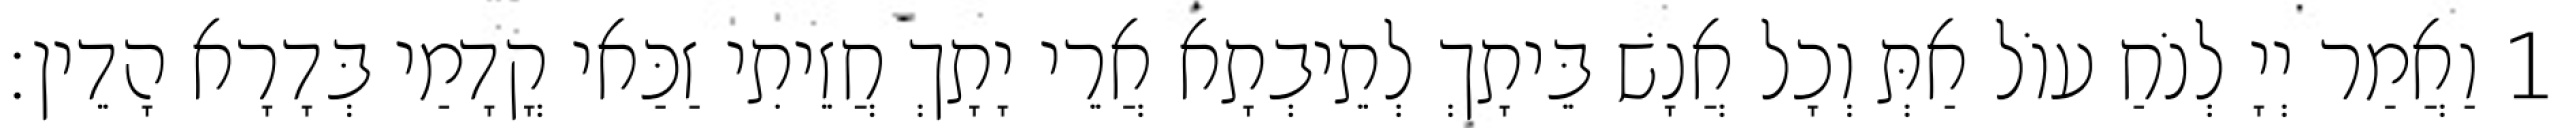
1 וַאֲמַר יְיָ לְנֹחַ עוֹל אַתְּ וְכָל אֲנָשׁ בֵּיתָךְ לְתֵיבְתָא אֲרֵי יָתָךְ חֲזֵיתִי זַכַּאי קֳדָמַי בְּדָרָא הָדֵין׃